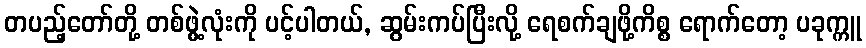
တပည့်တော်တို့ တစ်ဖွဲ့လုံးကို ပင့်ပါတယ်, ဆွမ်းကပ်ပြီးလို့ ရေစက်ချဖို့ကိစ္စ ရောက်တော့ ပခုက္ကူ